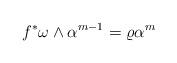
LaTeX: \begin{align*} f^*\omega\wedge\alpha^{m-1}=\varrho\alpha^m\end{align*}